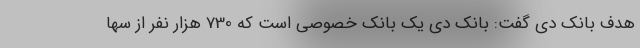
هدف بانک دی گفت: بانک دی یک بانک خصوصی است که 730 هزار نفر از سها